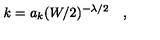
k = a _ { k } ( W / 2 ) ^ { - \lambda / 2 } \quad ,